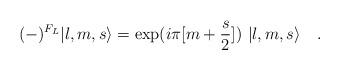
LaTeX: \begin{align*}(-)^{F_L}|l,m,s\rangle = \exp(i\pi [m+{s\over2}])\ |l,m,s\rangle \quad.\end{align*}